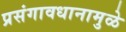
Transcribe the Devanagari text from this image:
प्रसंगावधानामुळे